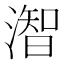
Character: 潪